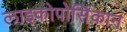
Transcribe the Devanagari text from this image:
लाइकोपोर्सिकान